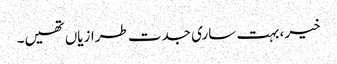
خیر، بہت ساری جدت طرازیاں تھیں۔